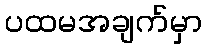
ပထမအချက်မှာ